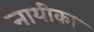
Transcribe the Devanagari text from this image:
नायीका